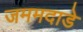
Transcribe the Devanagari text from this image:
जममदाडे